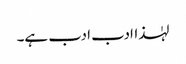
لہٰذاادب ادب ہے۔